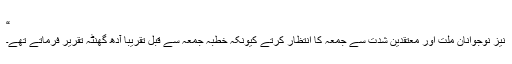
“
نیز نوجوانان ملّت اور معتقدین شدت سے جمعہ کا انتظار کرتے کیونکہ خطبہ جمعہ سے قبل تقریباً آدھ گھنٹہ تقریر فرماتے تھے۔